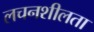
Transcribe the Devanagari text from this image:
लचनशीलता